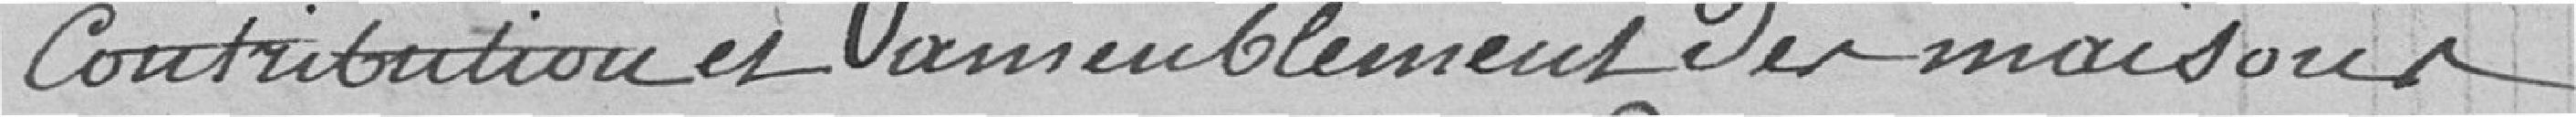
Contribution et ameublement des maisons